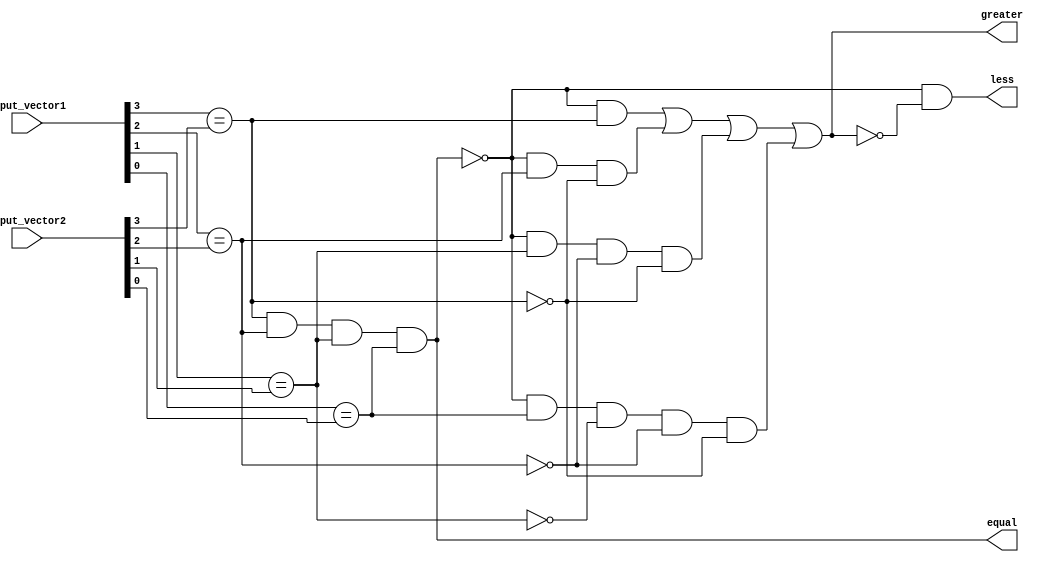
module comparator(
    input [3:0] input_vector1,
    input [3:0] input_vector2,
    output equal,
    output greater,
    output less
);

wire [3:0] bit_comparison_results;
wire first_equal = bit_comparison_results[3];
wire second_equal = bit_comparison_results[2];
wire third_equal = bit_comparison_results[1];
wire fourth_equal = bit_comparison_results[0];

assign equal = (first_equal & second_equal & third_equal & fourth_equal);
assign greater = ((!equal) & first_equal) | ((!equal) & second_equal & !first_equal) | ((!equal) & third_equal & !second_equal & !first_equal) | ((!equal) & fourth_equal & !third_equal & !second_equal & !first_equal);
assign less = ((!equal) & !greater);

assign bit_comparison_results[3] = input_vector1[3] == input_vector2[3];
assign bit_comparison_results[2] = input_vector1[2] == input_vector2[2];
assign bit_comparison_results[1] = input_vector1[1] == input_vector2[1];
assign bit_comparison_results[0] = input_vector1[0] == input_vector2[0];

endmodule